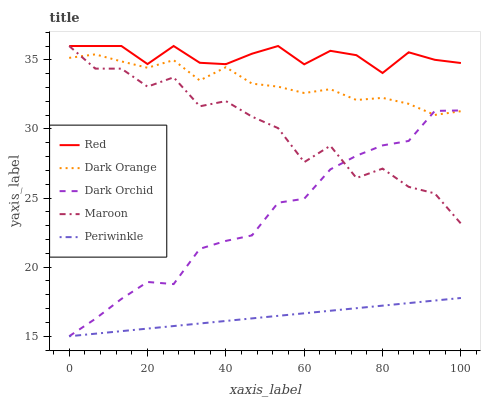
| xaxis_label | Red | Dark Orange | Dark Orchid | Maroon | Periwinkle |
 | --- | --- | --- | --- | --- | --- |
 | 0 | 36 | 35.1 | 15 | 36 | 15 |
 | 6.67 | 36 | 35.4 | 16.3 | 34.4 | 15.2 |
 | 13.3 | 36 | 34.9 | 17.7 | 34.4 | 15.4 |
 | 20 | 34.7 | 34.4 | 18.9 | 33.1 | 15.6 |
 | 26.7 | 36 | 35 | 18.8 | 33.7 | 15.7 |
 | 33.3 | 34.8 | 33.5 | 21.3 | 31.6 | 15.9 |
 | 40 | 34.7 | 34.5 | 21.9 | 32 | 16.1 |
 | 46.7 | 35.4 | 33.3 | 22.3 | 30.9 | 16.3 |
 | 53.3 | 36 | 33.1 | 24.7 | 30.1 | 16.5 |
 | 60 | 34.7 | 32.6 | 24.9 | 27.6 | 16.7 |
 | 66.7 | 35.7 | 32.9 | 27.1 | 28.8 | 16.8 |
 | 73.3 | 35.3 | 32.1 | 28.1 | 26.4 | 17 |
 | 80 | 34 | 32.2 | 28.8 | 27.1 | 17.2 |
 | 86.7 | 35.5 | 31.8 | 29.1 | 25.8 | 17.4 |
 | 93.3 | 35 | 31 | 31.3 | 25.3 | 17.6 |
 | 100 | 34.8 | 31.3 | 31.3 | 23.2 | 17.8 |